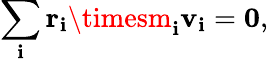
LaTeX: \sum_{\mathbf{i}}\mathbf{{r}}_{\mathbf{i}}\timesm_{\mathbf{i}}\mathbf{{v}}_{\mathbf{i}}=\mathbf{{0}},